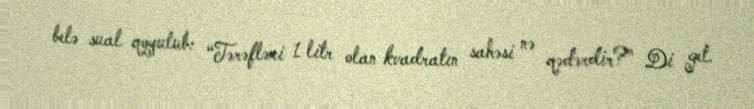
belə sual qoyulub: “Tərəfləri 1 litr olan kvadratın sahəsi nə qədərdir?” Di get.